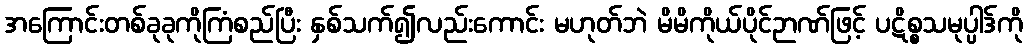
အကြောင်းတစ်ခုခုကိုကြံစည်ပြီး နှစ်သက်၍လည်းကောင်း မဟုတ်ဘဲ မိမိကိုယ်ပိုင်ဉာဏ်ဖြင့် ပဋိစ္စသမုပ္ပါဒ်ကို